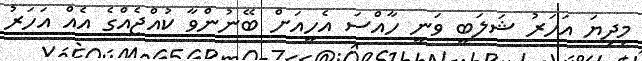
މިދިޔަ އަހަރު ޝަލަބީ ވަނީ ހާއްސަ އެހީއަށް ބޭނުންވާ ކުއްޖެއްގެ އެއް އަހަރު